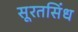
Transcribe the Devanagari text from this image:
सूरतसिंध